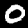
Label: 0